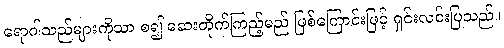
ရောဂါသည်များကိုသာ စ၍ ဆေးတိုက်ကြည့်မည် ဖြစ်ကြောင်းဖြင့် ရှင်းလင်းပြသည်။